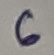
Text: 6